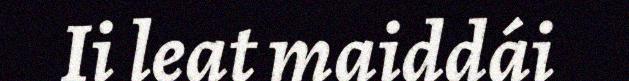
Ii leat maiddái